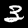
Label: 3